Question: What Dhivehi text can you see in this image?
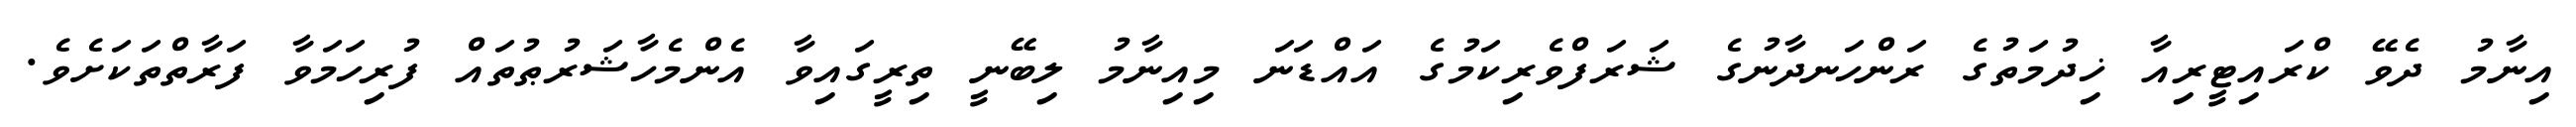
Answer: އިނާމު ދެވޭ ކްރައިޓީރިއާ ޚިދުމަތުގެ ރަންހަނދާނުގެ ޝަރަފްވެރިކަމުގެ އައްޑަނަ މިއިނާމު ލިބޭނީ ތިރީގައިވާ އެންމެހާޝަރުޠުތައް ފުރިހަމަވާ ފަރާތްތަކަށެވެ.